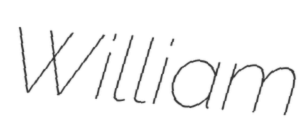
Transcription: William